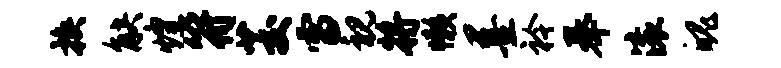
换觖煌符茭雷视将懒墨衿奉滚魄